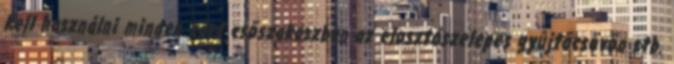
kell használni minden zárt csõszakaszban az elosztószelepes gyûjtõcsövön stb.